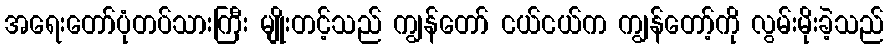
အရေးတော်ပုံတပ်သားကြီး မျိုးတင့်သည် ကျွန်တော် ငယ်ငယ်က ကျွန်တော့်ကို လွမ်းမိုးခဲ့သည်